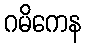
ဂမိကေန